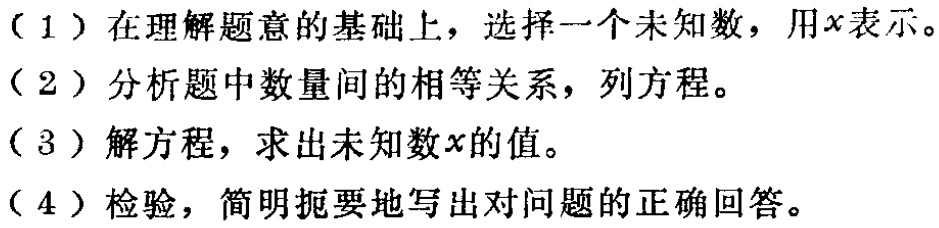
（1）在理解题意的基础上，选择一个未知数，用\(x\)表示。

（2）分析题中数量间的相等关系，列方程。

（3）解方程，求出未知数\(x\)的值。

（4）检验，简明扼要地写出对问题的正确回答。